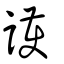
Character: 護